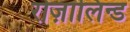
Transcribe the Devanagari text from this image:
रोज़ालिन्ड